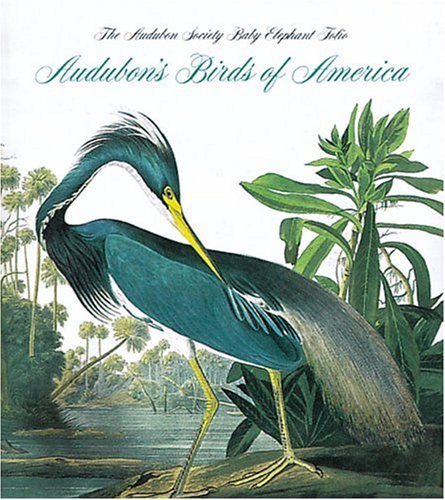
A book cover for Audubon's Birds Of America (Tiny Folio); Roger Tory Peterson; Arts & Photography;